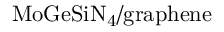
\mathrm { M o G e S i N _ { 4 } / g r a p h e n e }